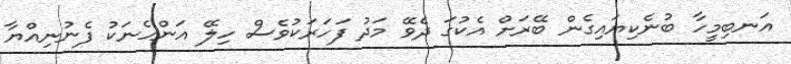
އަނބިމީހާ ބުނެކިޔައިގެން ބޭރަށް އެކުގަ ދެވޭ މަދު ފަހަރަކުވެސް ހިލޭ އަންހެނަކު ފެނުނިއްޔާ